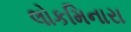
લોકમિનારા